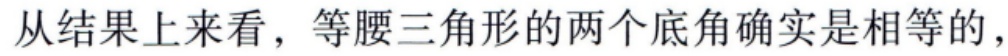
从结果上来看，等腰三角形的两个底角确实是相等的，